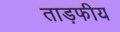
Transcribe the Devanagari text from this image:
ताड़फीय